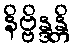
နိဗ္ဗိန္ဒန္တိ